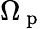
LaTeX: \Omega_{\mathrm{~p~}}